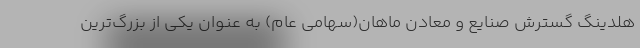
هلدینگ گسترش صنایع و معادن ماهان(سهامی عام) به‌ عنوان یکی از بزرگ‌ترین